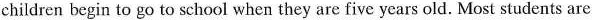
children begin to go to school when they are five years old. Most students are